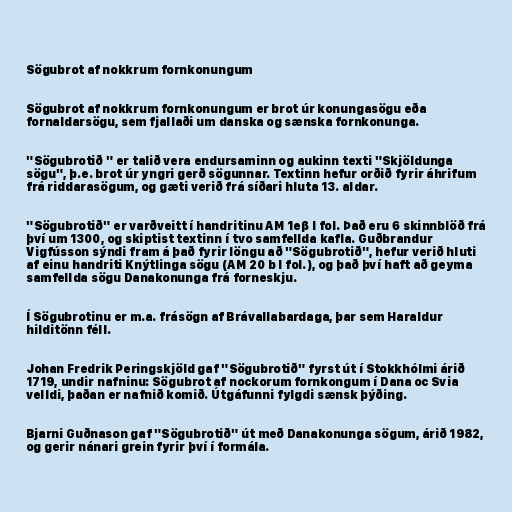
Sögubrot af nokkrum fornkonungum

Sögubrot af nokkrum fornkonungum er brot úr konungasögu eða
fornaldarsögu, sem fjallaði um danska og sænska fornkonunga.

"Sögubrotið " er talið vera endursaminn og aukinn texti "Skjöldunga
sögu", þ.e. brot úr yngri gerð sögunnar. Textinn hefur orðið fyrir áhrifum
frá riddarasögum, og gæti verið frá síðari hluta 13. aldar.

"Sögubrotið" er varðveitt í handritinu AM 1eβ I fol. Það eru 6 skinnblöð frá
því um 1300, og skiptist textinn í tvo samfellda kafla. Guðbrandur
Vigfússon sýndi fram á það fyrir löngu að "Sögubrotið", hefur verið hluti
af einu handriti Knýtlinga sögu (AM 20 b I fol.), og það því haft að geyma
samfellda sögu Danakonunga frá forneskju.

Í Sögubrotinu er m.a. frásögn af Brávallabardaga, þar sem Haraldur
hilditönn féll.

Johan Fredrik Peringskjöld gaf "Sögubrotið" fyrst út í Stokkhólmi árið
1719, undir nafninu: Sögubrot af nockorum fornkongum í Dana oc Svia
velldi, þaðan er nafnið komið. Útgáfunni fylgdi sænsk þýðing.

Bjarni Guðnason gaf "Sögubrotið" út með Danakonunga sögum, árið 1982,
og gerir nánari grein fyrir því í formála.